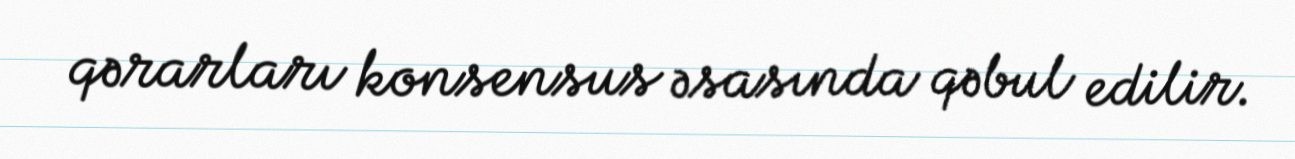
qərarları konsensus əsasında qəbul edilir.